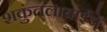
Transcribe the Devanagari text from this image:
शकुंतलाबाईंचे